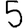
Digit: 5